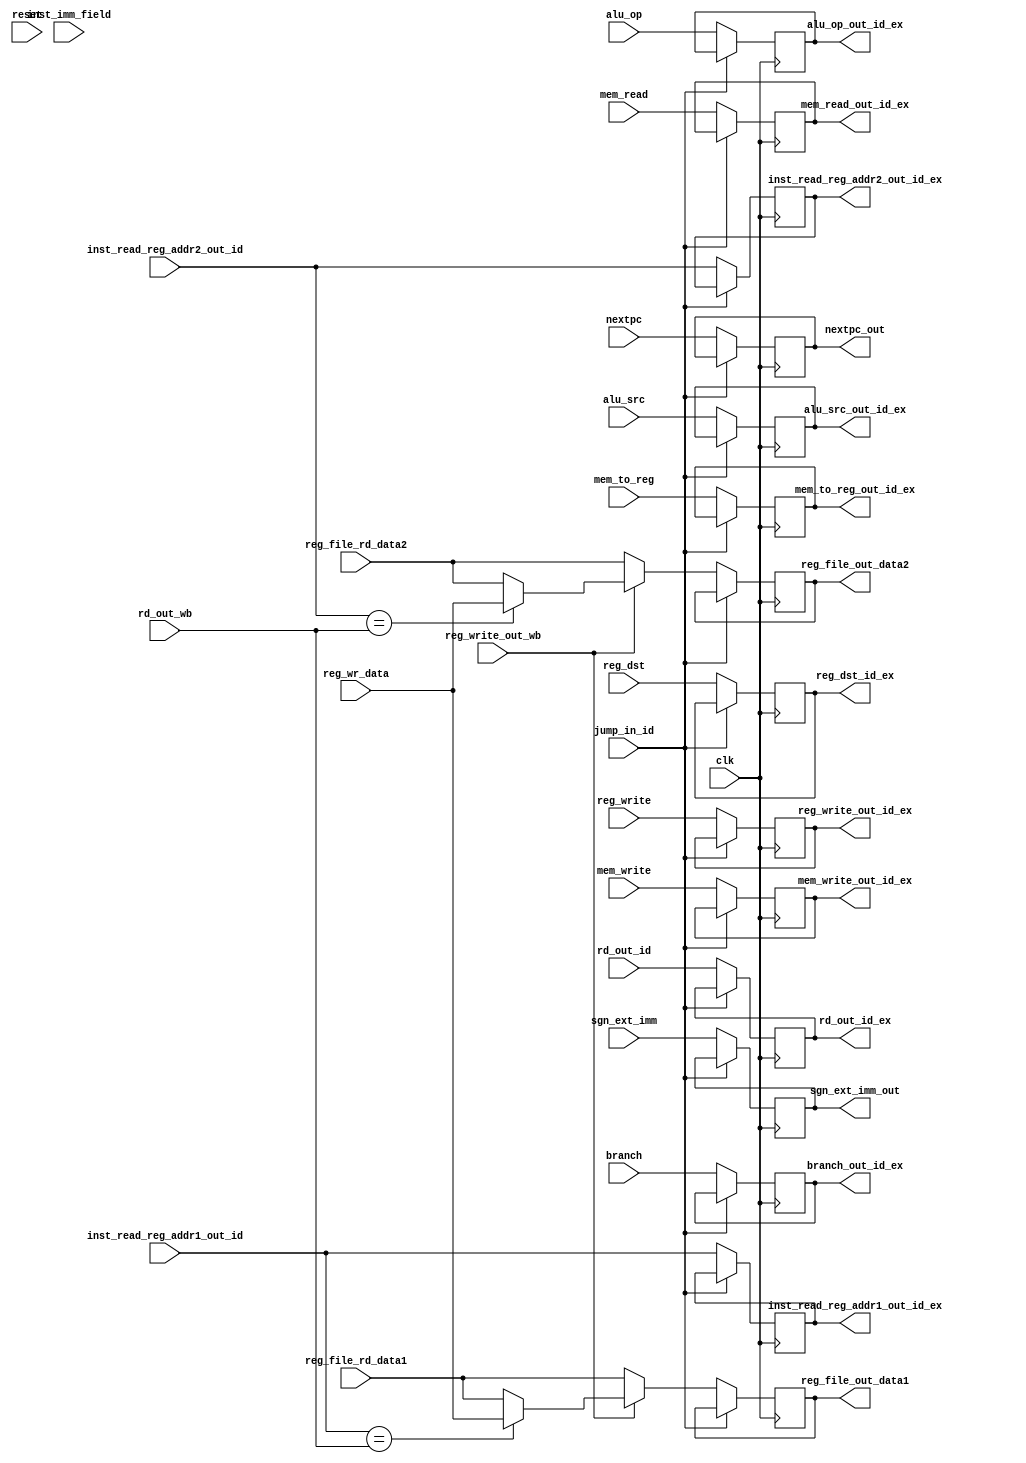
module ID_EX_reg (branch, reg_write, mem_to_reg, mem_write, mem_read, alu_src, alu_op, nextpc ,reg_file_rd_data1,reg_file_rd_data2, sgn_ext_imm, inst_imm_field, nextpc_out, reg_file_out_data1, reg_file_out_data2, sgn_ext_imm_out, reg_write_out_id_ex, mem_to_reg_out_id_ex, mem_write_out_id_ex, mem_read_out_id_ex, branch_out_id_ex, alu_src_out_id_ex, alu_op_out_id_ex, clk, reset, reg_dst, reg_dst_id_ex, inst_read_reg_addr2_out_id, rd_out_id, inst_read_reg_addr2_out_id_ex, rd_out_id_ex, jump_in_id, inst_read_reg_addr1_out_id, inst_read_reg_addr1_out_id_ex, rd_out_wb, reg_write_out_wb, reg_wr_data);


  input wire reg_write, mem_to_reg, branch, reg_dst, jump_in_id, reg_write_out_wb;
  input wire [4:0] rd_out_id, inst_read_reg_addr2_out_id, inst_read_reg_addr1_out_id, rd_out_wb;
  input wire mem_write, mem_read;
  input wire alu_src;
  input wire [1:0] alu_op;
  input wire [31:0] nextpc ,reg_file_rd_data1 ,reg_file_rd_data2 ,sgn_ext_imm, reg_wr_data;
  input wire [15:0] inst_imm_field;
  input wire clk, reset;
  output reg reg_write_out_id_ex, mem_to_reg_out_id_ex, branch_out_id_ex, reg_dst_id_ex;
  output reg mem_write_out_id_ex, mem_read_out_id_ex;
  output reg alu_src_out_id_ex;
  output reg [1:0] alu_op_out_id_ex;
  output reg [4:0] rd_out_id_ex, inst_read_reg_addr2_out_id_ex, inst_read_reg_addr1_out_id_ex;



  output reg [31:0] nextpc_out ,reg_file_out_data1 ,reg_file_out_data2 ,sgn_ext_imm_out;
  reg flag_id_ex;
  // output reg [4:0] rs_out ,rt_out;

  // reg t_reg_write_out_id_ex, t_mem_to_reg_out_id_ex, t_branch_out_id_ex;
  // reg t_mem_write_out_id_ex, t_mem_read_out_id_ex;
  // reg t_alu_src_out_id_ex;
  // reg [1:0] t_alu_op_out_id_ex;
  // reg [4:0] t_rd_out_id_ex;
  // reg [31:0] t_nextpc_out ,t_reg_file_out_data1 ,t_reg_file_out_data2 ,t_sgn_ext_imm_out;

  always @(posedge reset)
    begin
      flag_id_ex = 1'b1;
    end

  // always @(negedge clk)
  //     begin
  //     t_nextpc_out <= nextpc;
  //     t_branch_out_id_ex <= branch;
  //     t_reg_file_out_data1 <= reg_file_rd_data1;
  //     t_reg_file_out_data2 <= reg_file_rd_data2;
  //     t_sgn_ext_imm_out <= sgn_ext_imm;
  //     t_rd_out_id_ex <= rd_in_id_ex;
  //     // rs_out <= inst_imm_field[9:5];
  //     // rt_out <= inst_imm_field[14:10];
  //     // reg_write_out <= reg_write;
  //     t_reg_write_out_id_ex <= reg_write;
  //     t_mem_to_reg_out_id_ex <= mem_to_reg;
  //     t_mem_write_out_id_ex <= mem_write;
  //     t_mem_read_out_id_ex <= mem_read;
  //     t_alu_src_out_id_ex <= alu_src;
  //     t_alu_op_out_id_ex <= alu_op;
  //     // reg_dst_out <= reg_dst;
  //   end

  always @(negedge clk)
      begin
        if(jump_in_id != 1)
        begin
          nextpc_out <= nextpc;
          branch_out_id_ex <= branch;
          reg_file_out_data1 <= reg_file_rd_data1;
          reg_file_out_data2 <= reg_file_rd_data2;
          sgn_ext_imm_out <= sgn_ext_imm;
          rd_out_id_ex <= rd_out_id;
          //  rs_out <= inst_imm_field[9:5];
          //  rt_out <= inst_imm_field[14:10];
          //  reg_write_out <= reg_write;
          reg_write_out_id_ex <= reg_write;
          mem_to_reg_out_id_ex <= mem_to_reg;
          mem_write_out_id_ex <= mem_write;
          mem_read_out_id_ex <= mem_read;
          alu_src_out_id_ex <= alu_src;
          alu_op_out_id_ex <= alu_op;
          reg_dst_id_ex <= reg_dst;
          inst_read_reg_addr1_out_id_ex <= inst_read_reg_addr1_out_id;
          inst_read_reg_addr2_out_id_ex <= inst_read_reg_addr2_out_id;
          if(reg_write_out_wb==1)
          begin
            if(inst_read_reg_addr1_out_id==rd_out_wb)
            begin
              reg_file_out_data1 <= reg_wr_data;
            end
            if(inst_read_reg_addr2_out_id==rd_out_wb)
            begin
              reg_file_out_data2 <= reg_wr_data;
            end
          end
          else
          begin
            reg_file_out_data1 <= reg_file_rd_data1;
            reg_file_out_data2 <= reg_file_rd_data2;
          end

          // reg_dst_out <= reg_dst;
        end
    end

endmodule